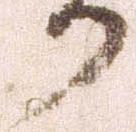
り